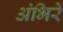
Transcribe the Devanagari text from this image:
अंभिरे